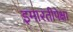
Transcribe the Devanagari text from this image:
इमारतीपेक्षा